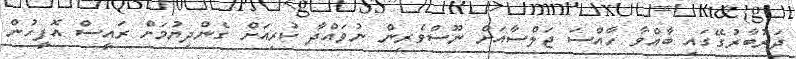
ދަރުބާރުގޭގައި ބާއްވާ ހާއްސަ ޖަލްސާއަށް ނޫސްވެރިން ނުވައްދާ ކުރިއަށް ގެންދިޔުމަށް ރައީސް އޮފީހުން